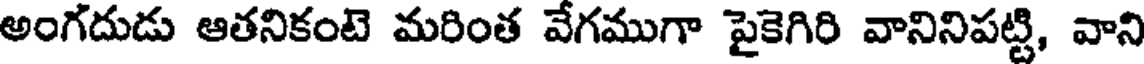
అంగదుడు ఆతనికంటె మరింత వేగముగా పైకెగిరి వానినిపట్టి, వాని